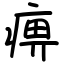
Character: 痹